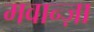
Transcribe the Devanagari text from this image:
मवान्ज़ा